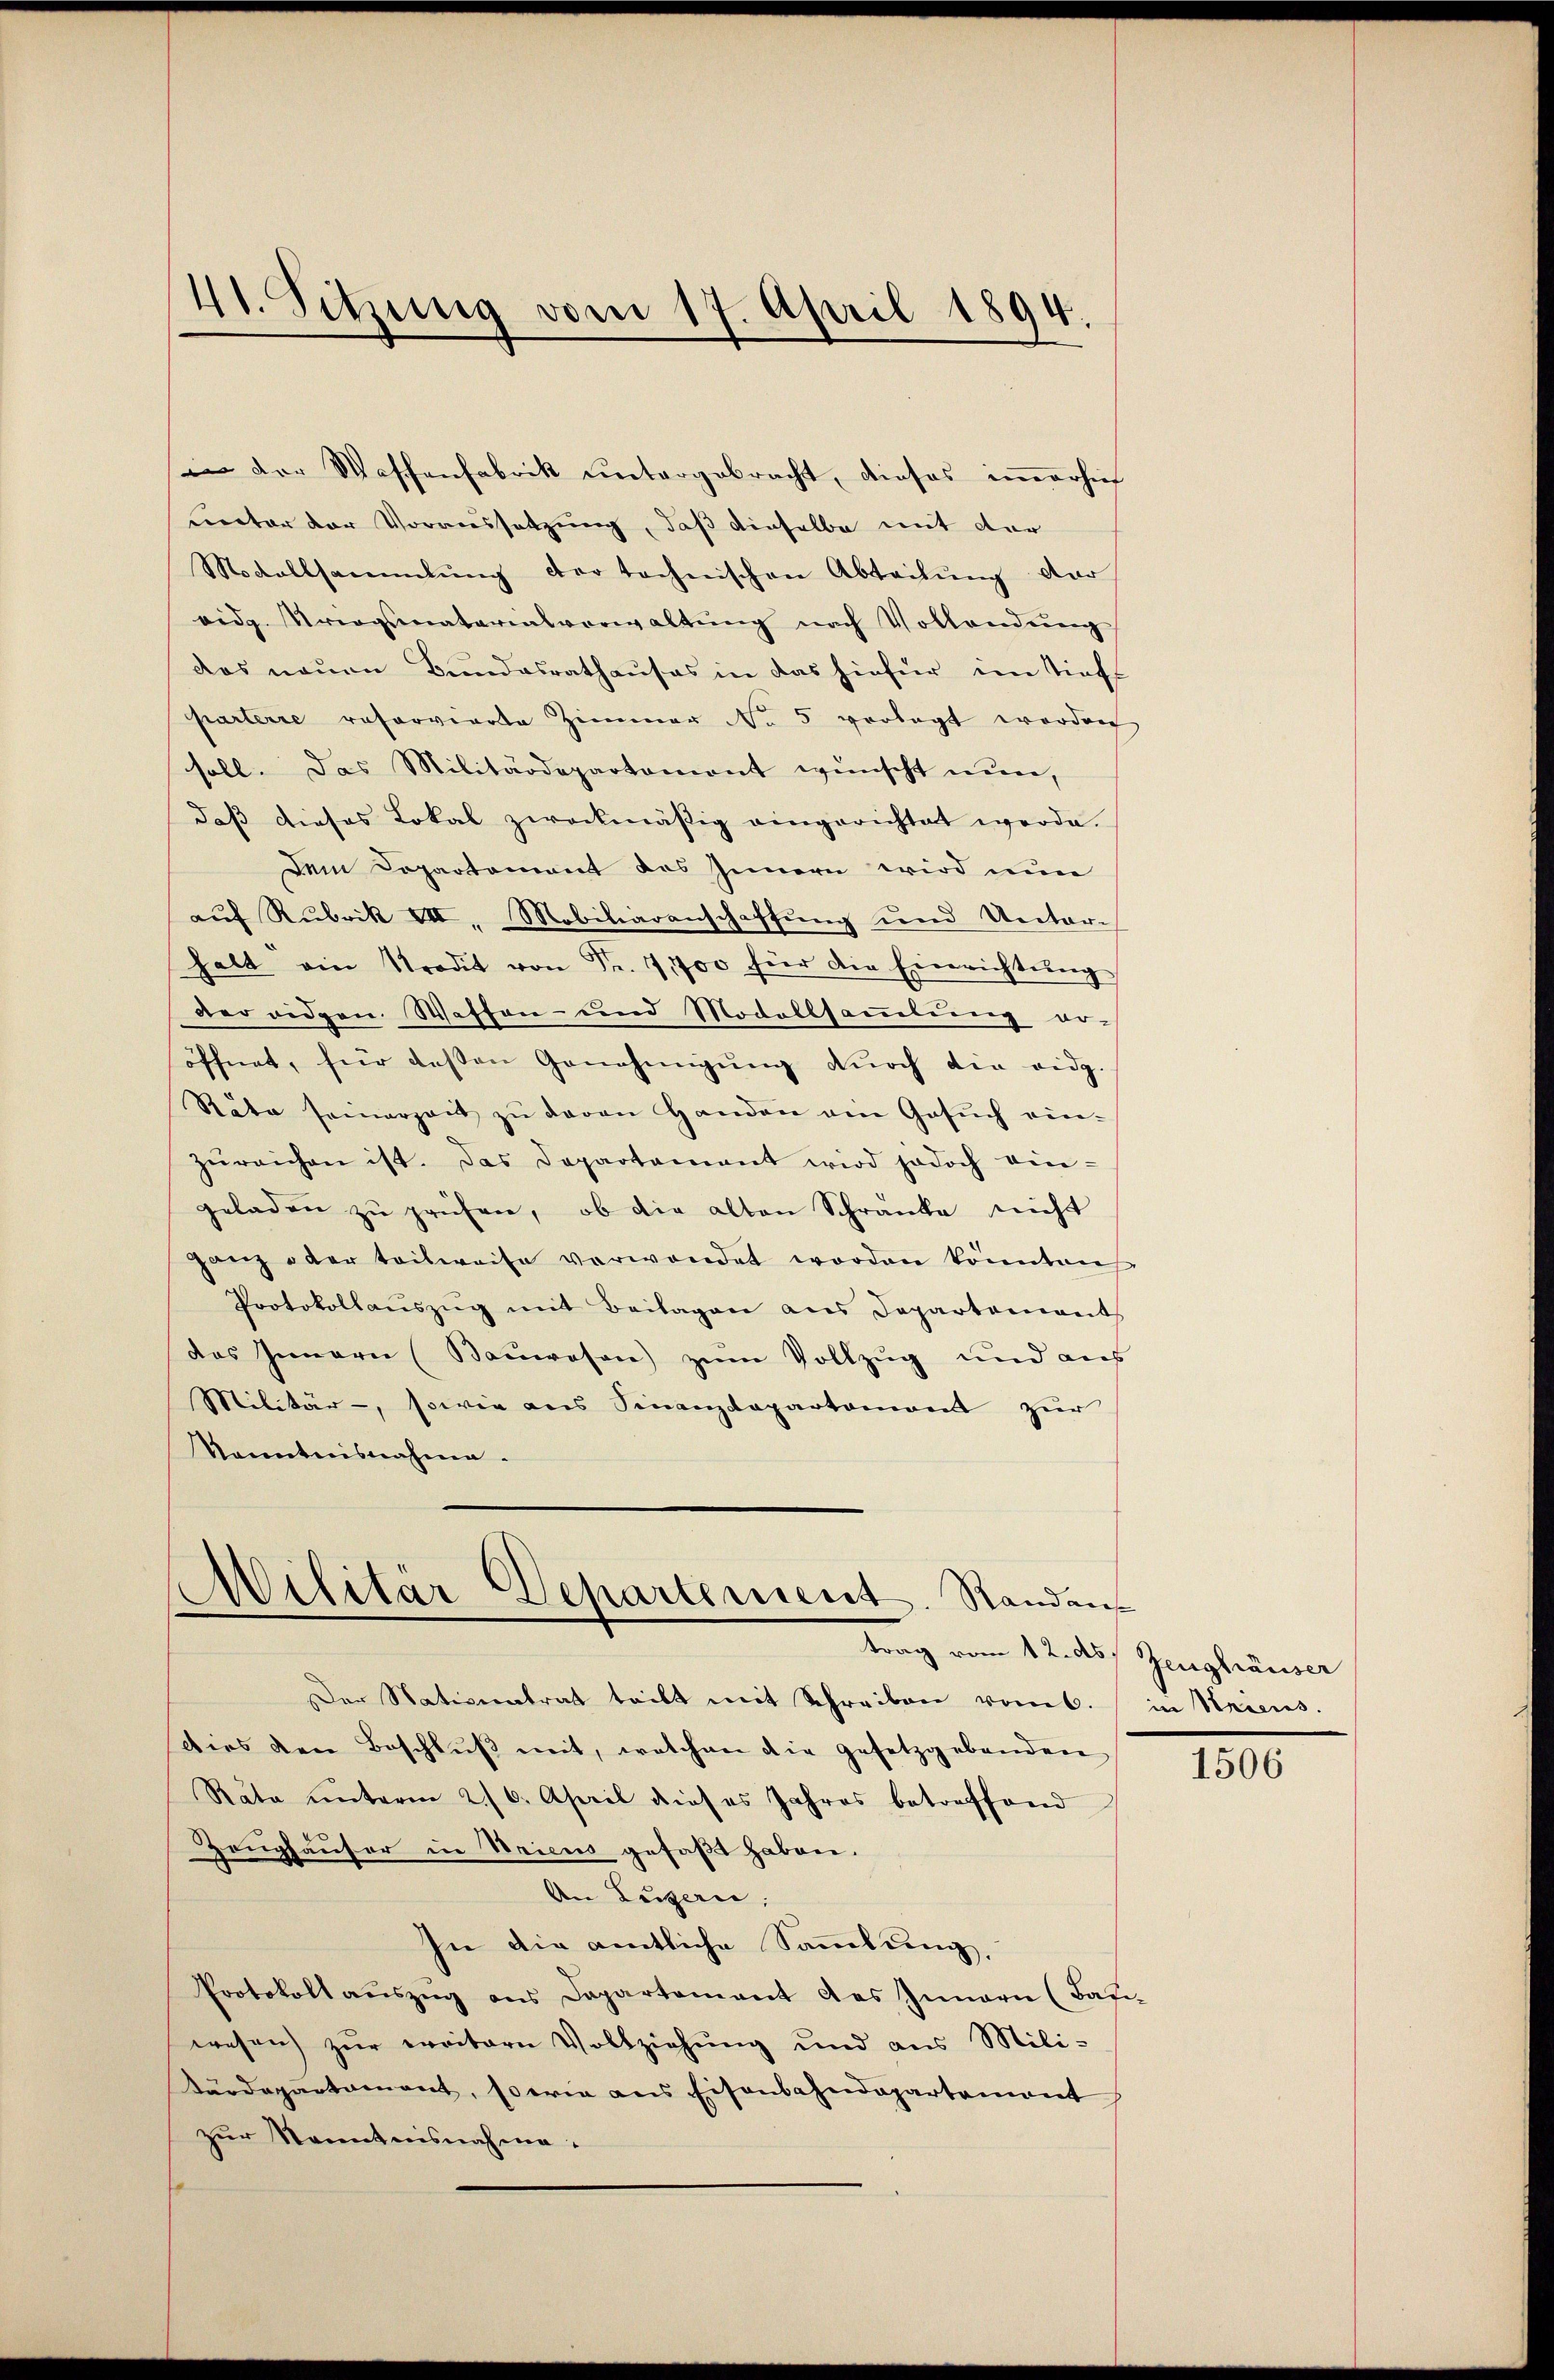
41. Sitzung vom 17. April 1894.

in der Waffenfabrik untergebracht, dieses immerhie
unter der Voraussetzung, daß dieselbe mit der
Modaltsammlung der tochnischen Abteilŭng dar
vidg. Kriegsmaterialverwaltŭng nach Vollendŭng
das neuen Bundesrathauses in das hiefür im Tief
parterre reforvierte Zimmer No 5 vorlegt worden
soll. Das Militärdepartament wünscht nun,
daβ dieses Lokal zweckmäßig eingerichtet werde.
Dem Dopartement des Innern wird nun
auf Rubrik VII, Mobiliarenschaffung und Unter-
halt ein Tradit von Fr. 71700 für die Einrichtŭng
der eidgen. Wassen- und Modelssammlung er-
öffnet, für dessen Genehmigŭng dŭrch die eidg.
Räte seinerzeit zŭ davon Handen ain Gesŭch ein-
zŭreichen ist. Das Departamant wird jedoch ein-
geladen zu prüfen, ob die alten Schranke nicht
ganz oder teilweise verwendet worden könnten
Protokollaŭszŭg mit Beilagen ans Departamant
das Innern (Bauwesen) zum Vollzug und aus
Militär-, sowie aus Finanzdepartement zur
Kenntnisnahme.

Militär Departement. Randan
trag vom 12. ds. Zeughäuser

Der Nationalrat teilt mit Schreiben vom 6. in Kriens.
Dies den Beschlŭβ mit, welchen die gesetzgebenden
Räte ŭnterm 2./6. April dieses Jahres betreffend
Zeughäuser in Seiens gefaßt haben.
An Luzern,
In die amtliche Sammlung,
Protokoll aŭszŭg ans Departement des Innern (Bafi-
wesen zŭr weitern Vollziehŭng und aus Mili-
tärdepartament, sowie ans Eisenbahndepartement
zur Kenntnisnahme.

1506